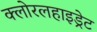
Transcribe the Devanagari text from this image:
क्लोरलहाइड्रेट